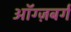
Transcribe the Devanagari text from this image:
ऑग्ज़बर्ग